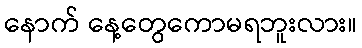
နောက် နေ့တွေကောမရဘူးလား။